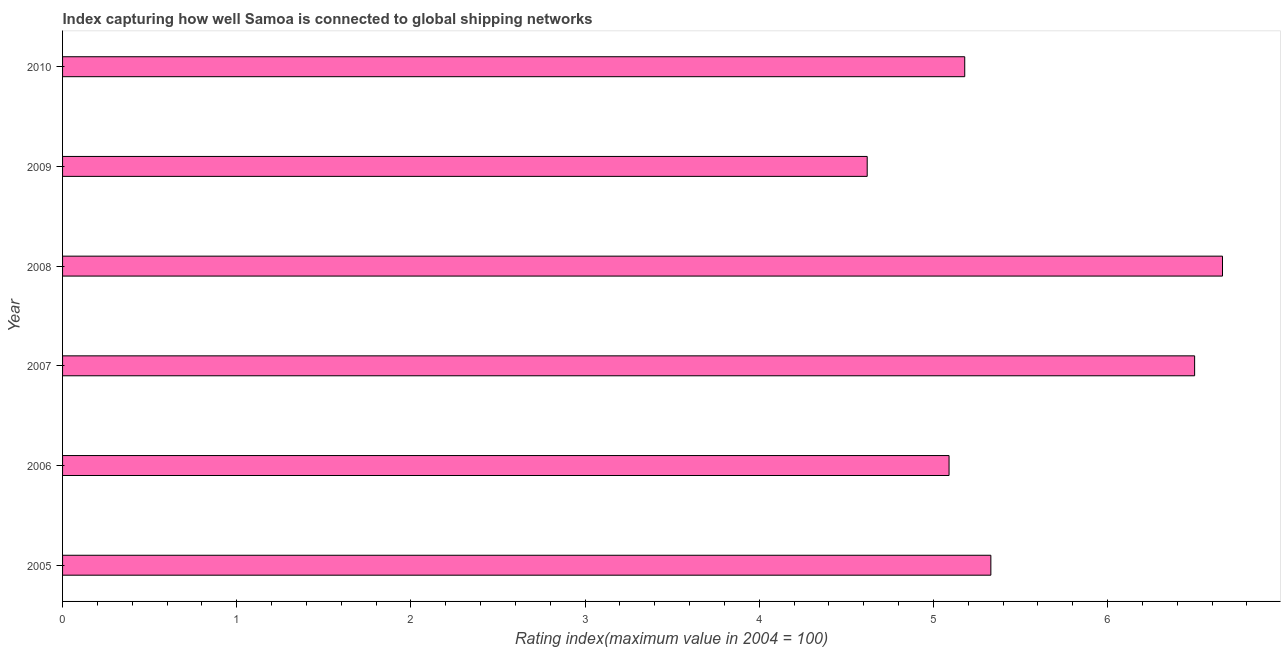
| Year | Liner shipping connectivity index  |
 | --- | --- |
 | 2005 | 5.33 |
 | 2006 | 5.09 |
 | 2007 | 6.5 |
 | 2008 | 6.66 |
 | 2009 | 4.62 |
 | 2010 | 5.18 |